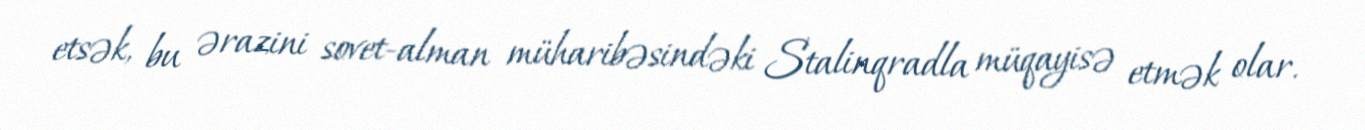
etsək, bu ərazini sovet-alman müharibəsindəki Stalinqradla müqayisə etmək olar.